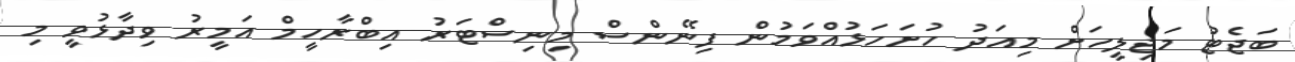
ބަޖެޓު މަޖިލީހަށް މިއަދު ހުށަހަޅުއްވަމުން ފިނޭންސް މިނިސްޓަރު އިބްރާހީމް އަމީރު ވިދާޅުވީ މި